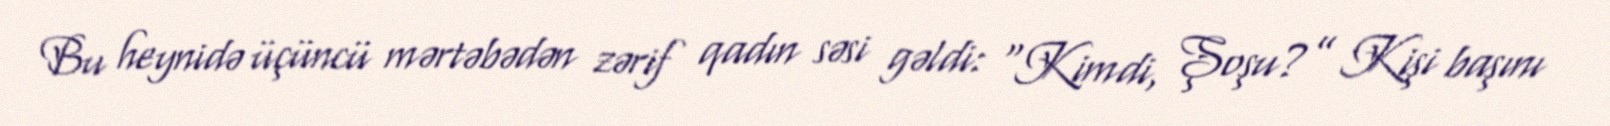
Bu heynidə üçüncü mərtəbədən zərif qadın səsi gəldi: “Kimdi, Şoşu?” Kişi başını